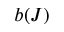
b ( J )